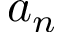
a _ { n }